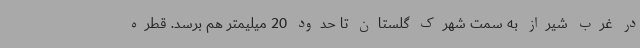
در غرب شیراز به سمت شهرک گلستان تا حدود 20 میلیمتر هم برسد. قطره‌